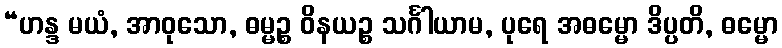
“ဟန္ဒ မယံ, အာဝုသော, ဓမ္မဉ္စ ဝိနယဉ္စ သင်္ဂါယာမ, ပုရေ အဓမ္မော ဒိပ္ပတိ, ဓမ္မော